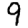
Digit: 9